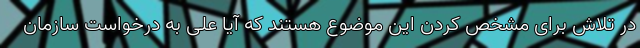
در تلاش برای مشخص کردن این موضوع هستند که آیا علی به درخواست سازمان